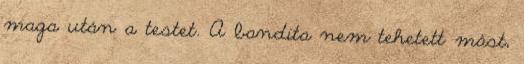
maga után a testet. A bandita nem tehetett mást,